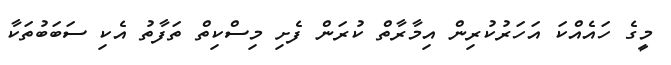
މީގެ ހައެއްކަ އަހަރުކުރިން އިމާރާތް ކުރަން ފެށި މިސްކިތް ތަފާތު އެކި ސަބަބުތަކާ